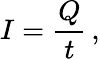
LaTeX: I={\frac{Q}{t}}\, ,